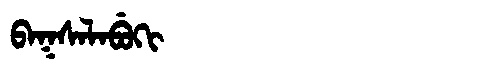
Manchu: ᠪᠠᡴᠰᠠᠯᠠᠪᡠᡴᡳ
Romanization: BAKSALABUKI